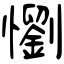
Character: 懰